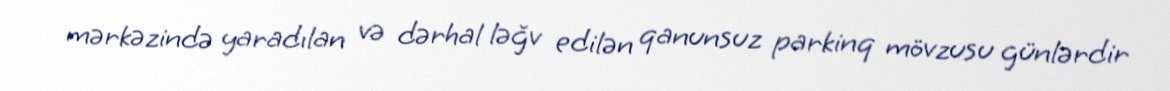
mərkəzində yaradılan və dərhal ləğv edilən qanunsuz parkinq mövzusu günlərdir